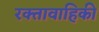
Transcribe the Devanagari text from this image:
रक्तावाहिकी